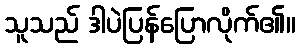
သူသည် ဒါပဲပြန်ပြောလိုက်၏။